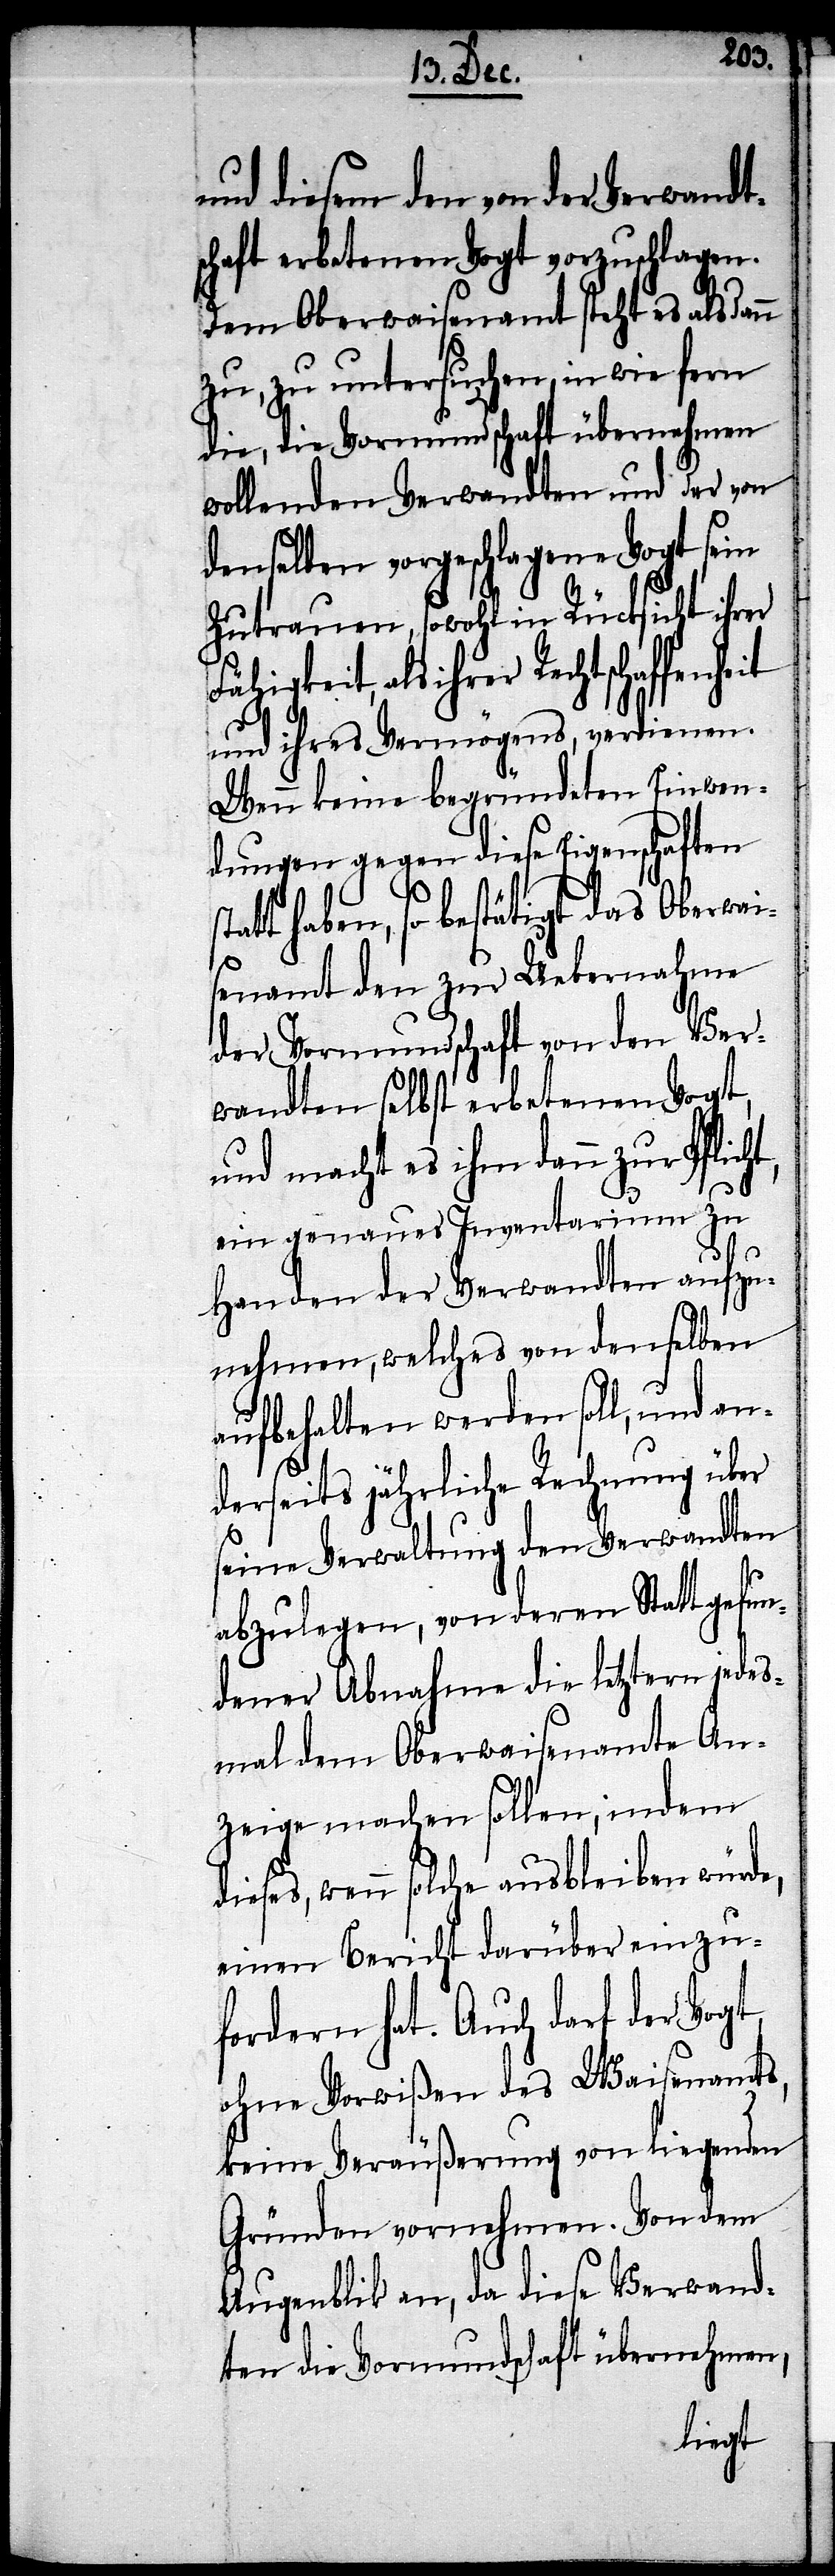
und diesem den von der Verwandt¬
schaft erbetenen Vogt vorzuschlagen.
Dem Oberwaisenamt steht es alsdann
zu, zu untersuchen, in wie fern
die, die Vormundschaft übernehmen
wollenden Verwandten und der von
denselben vorgeschlagene Vogt sein
Zutrauen, sowohl in Rücksicht ihrer
als ihrer Rechtschaffenheit
und ihres Vermögens, verdienen.
Wenn keine begründeten Einwen¬
dungen gegen diese Eigenschaften
haben, so bestätigt das Oberwai¬
senamt den zu Uebernahme
der Vormundschaft von den Ver¬
wandten selbst erbetenen Vogt,
und macht es ihm dann zu Pflicht,
ein genaues Inventarium zu
Handen der Verwandten aufzu¬
nehmen, welches von demselben
aufbehalten werden soll, und an¬
derseits jährliche Rechnung über
seine Verwaltung den Verwandten
abzulegen, von deren Statt gefun¬
dener Abnahme die letztern jedes¬
mal dem Oberwaisenamte An¬
zeige machen sollen, indem
wenn solche ausbleiben würde,
einen Bericht darüber einzu¬
fordern hat. Auch darf der Vogt,
ohne Vorwißen des Waisenamts,
keine Veräußerung von liegenden
Gründen vornehmen. Von dem
Augenblik an, da diese Verwand¬
ten die Vormundschaft übernehmen,